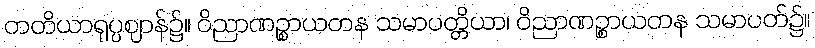
တတိယာရုပ္ပဈာန်၌။ ဝိညာဏဉ္စာယတန သမာပတ္တိယာ၊ ဝိညာဏဉ္စာယတန သမာပတ်၌။